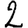
Digit: 2